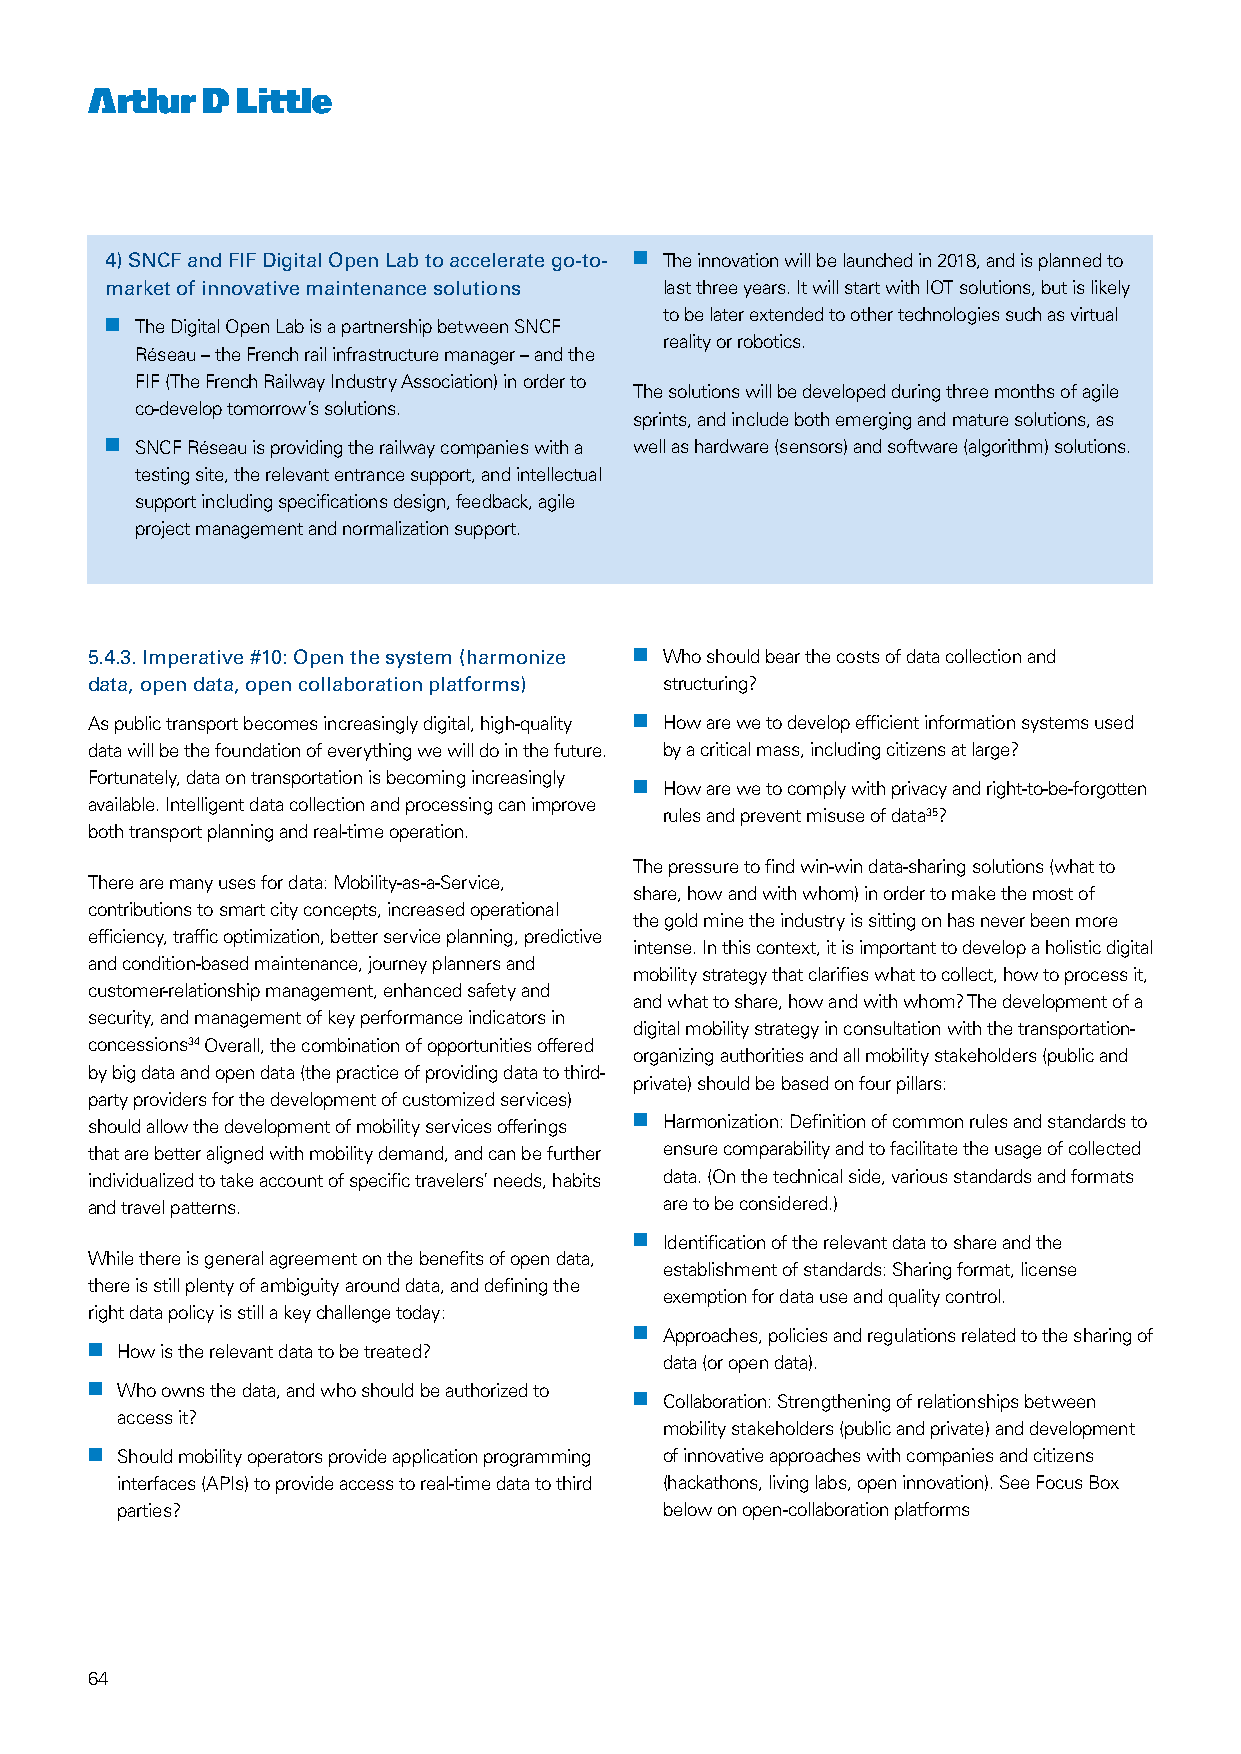
4) SNCF and FIF Digital Open Lab to accelerate go-to- nn The innovation will be launched in 2018, and is planned to
 market of innovative maintenance solutions last three years. It will start with IOT solutions, but is likely
 to be later extended to other technologies such as virtual
 nn The Digital Open Lab is a partnership between SNCF
 reality or robotics.
 Réseau – the French rail infrastructure manager – and the
 FIF (The French Railway Industry Association) in order to
 The solutions will be developed during three months of agile
 co-develop tomorrow’s solutions.
 sprints, and include both emerging and mature solutions, as
 nn SNCF Réseau is providing the railway companies with a well as hardware (sensors) and software (algorithm) solutions.
 testing site, the relevant entrance support, and intellectual
 support including specifications design, feedback, agile
 project management and normalization support.
 5.4.3. Imperative #10: Open the system (harmonize nn Who should bear the costs of data collection and
 data, open data, open collaboration platforms) structuring?
 As public transport becomes increasingly digital, high-quality nn How are we to develop efficient information systems used
 data will be the foundation of everything we will do in the future. by a critical mass, including citizens at large?
 Fortunately, data on transportation is becoming increasingly
 nn How are we to comply with privacy and right-to-be-forgotten
 available. Intelligent data collection and processing can improve
 rules and prevent misuse of data35?
 both transport planning and real-time operation.
 The pressure to find win-win data-sharing solutions (what to
 There are many uses for data: Mobility-as-a-Service,
 share, how and with whom) in order to make the most of
 contributions to smart city concepts, increased operational
 the gold mine the industry is sitting on has never been more
 efficiency, traffic optimization, better service planning, predictive
 intense. In this context, it is important to develop a holistic digital
 and condition-based maintenance, journey planners and
 mobility strategy that clarifies what to collect, how to process it,
 customer-relationship management, enhanced safety and
 and what to share, how and with whom? The development of a
 security, and management of key performance indicators in
 digital mobility strategy in consultation with the transportation-
 concessions34 Overall, the combination of opportunities offered
 organizing authorities and all mobility stakeholders (public and
 by big data and open data (the practice of providing data to third-
 private) should be based on four pillars:
 party providers for the development of customized services)
 should allow the development of mobility services offerings nn Harmonization: Definition of common rules and standards to
 that are better aligned with mobility demand, and can be further ensure comparability and to facilitate the usage of collected
 individualized to take account of specific travelers’ needs, habits data. (On the technical side, various standards and formats
 and travel patterns.                  are to be considered.)
 nn Identification of the relevant data to share and the
 While there is general agreement on the benefits of open data,
 establishment of standards: Sharing format, license
 there is still plenty of ambiguity around data, and defining the
 exemption for data use and quality control.
 right data policy is still a key challenge today:
 nn Approaches, policies and regulations related to the sharing of
 nn How is the relevant data to be treated?
 data (or open data).
 nn Who owns the data, and who should be authorized to
 nn Collaboration: Strengthening of relationships between
 access it?
 mobility stakeholders (public and private) and development
 nn Should mobility operators provide application programming of innovative approaches with companies and citizens
 interfaces (APIs) to provide access to real-time data to third (hackathons, living labs, open innovation). See Focus Box
 parties?                            below on open-collaboration platforms
 64